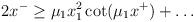
LaTeX: \begin{align*}2x^- \ge \mu_1 x_1^2 \cot(\mu_1 x^+) + \ldots\end{align*}